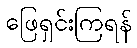
ဖြေရှင်းကြရန်